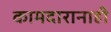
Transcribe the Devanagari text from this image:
कामदारानाही